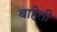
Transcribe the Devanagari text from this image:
बाहेती